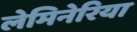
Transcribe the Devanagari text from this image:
लेमिनेरिया